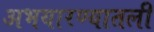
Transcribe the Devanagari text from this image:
अभयारण्यातली